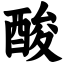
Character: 酸